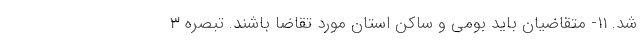
شد. 11- متقاضیان باید بومی و ساکن استان مورد تقاضا باشند. تبصره 3